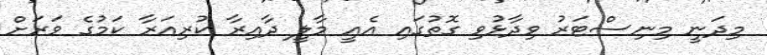
މިދަނީ މިނިސްޓަރު ވިދާޅުވި ގޮތުގައި އެއީ މާލީ ދާއިރާ ކުރިއަރާ ކަމުގެ ވަރަށް